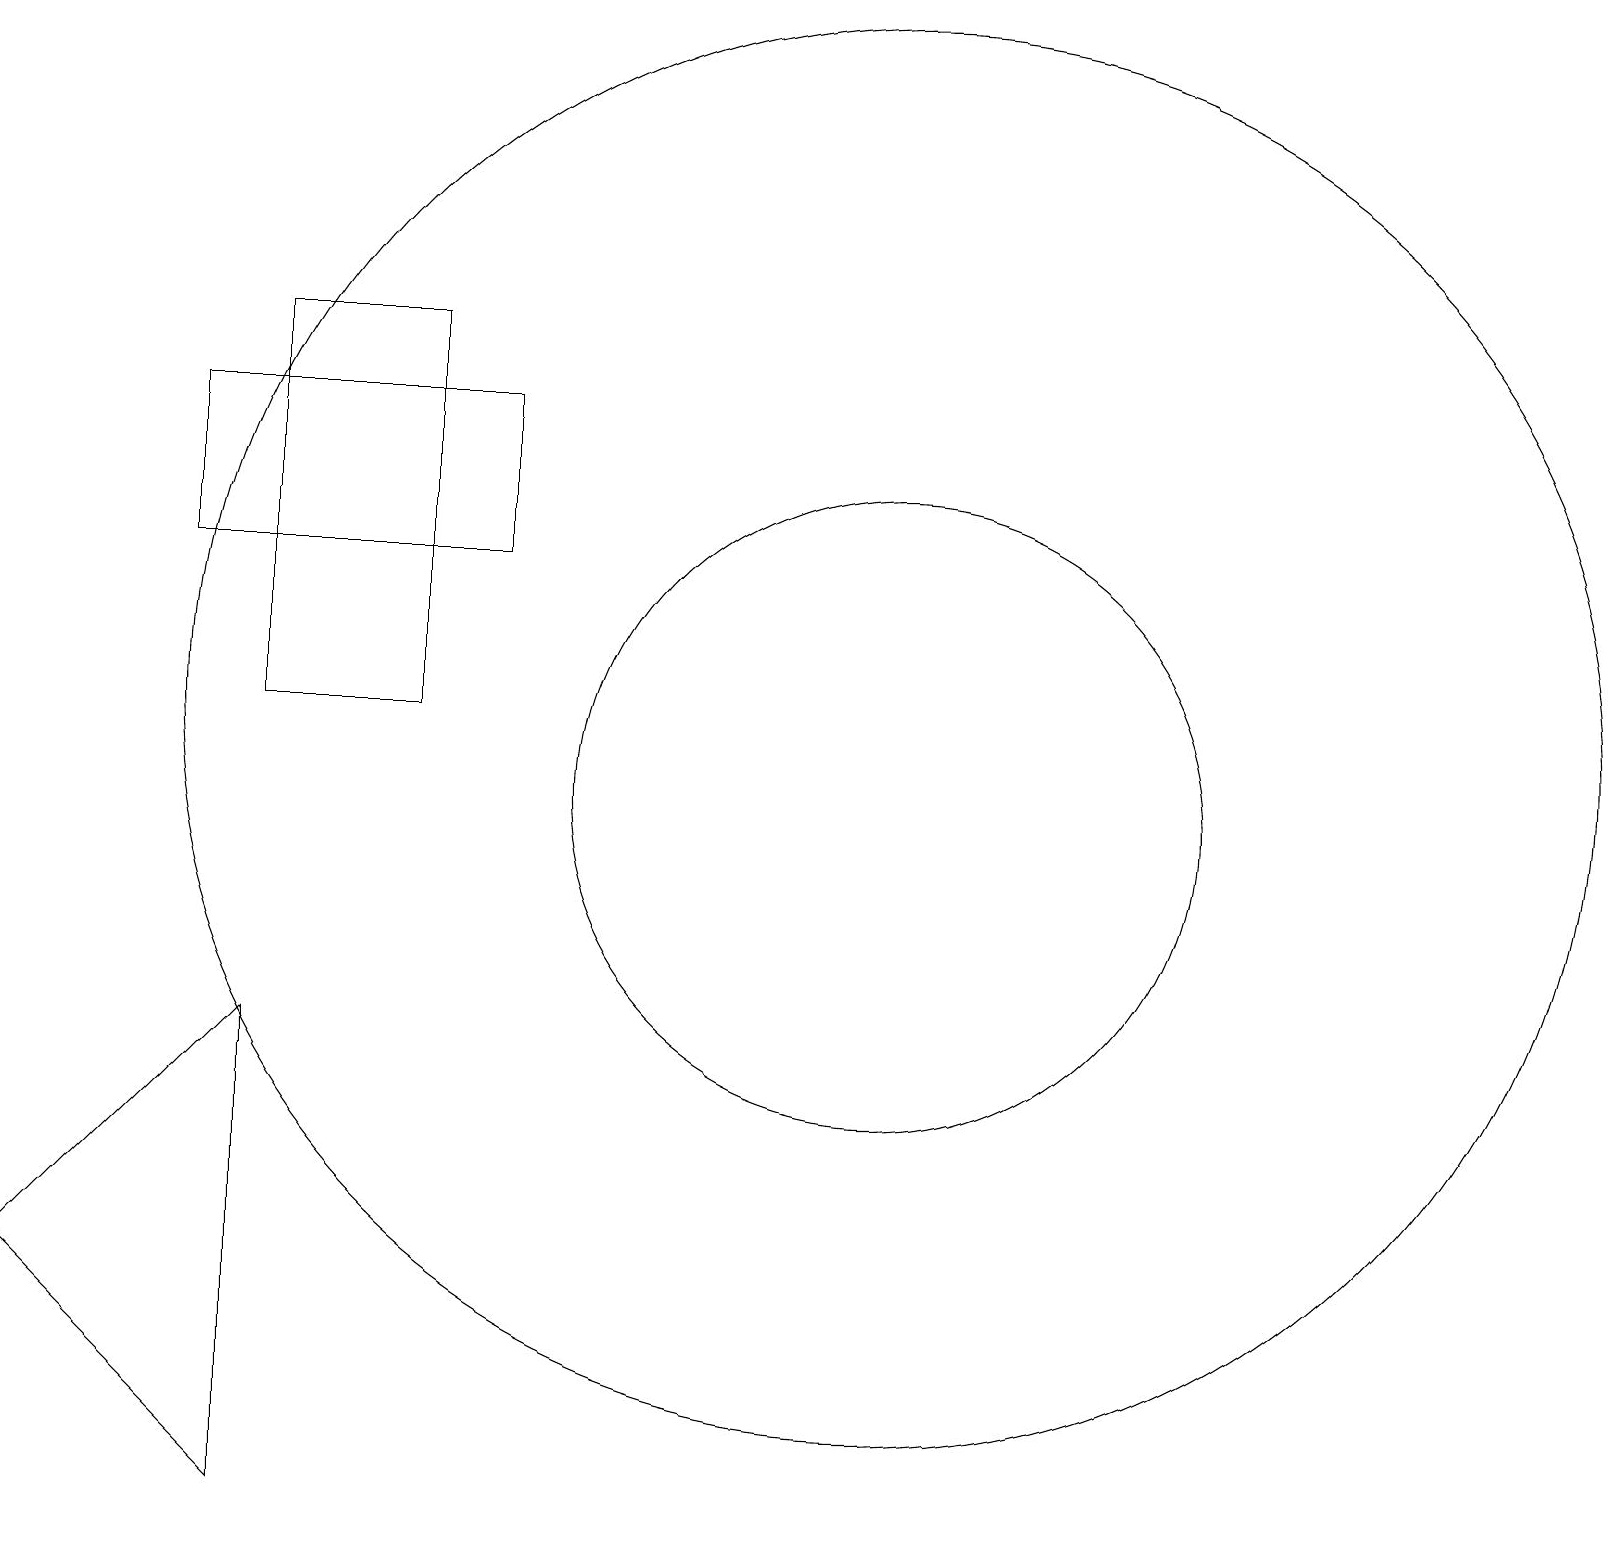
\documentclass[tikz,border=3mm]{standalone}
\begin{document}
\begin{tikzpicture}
\draw (11,11) circle (9);
\draw (11,10) circle (4);
\draw (2,15) rectangle (6,13);
\draw (3,16) rectangle (5,11);
\draw (3,7) -- (0,4) -- (3,1) -- cycle;
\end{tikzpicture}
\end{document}